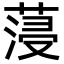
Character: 蓡